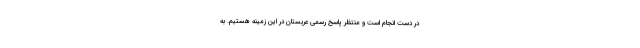
در دست انجام است و منتظر پاسخ رسمی عربستان در این زمینه هستیم. به